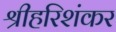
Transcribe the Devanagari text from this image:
श्रीहरिशंकर